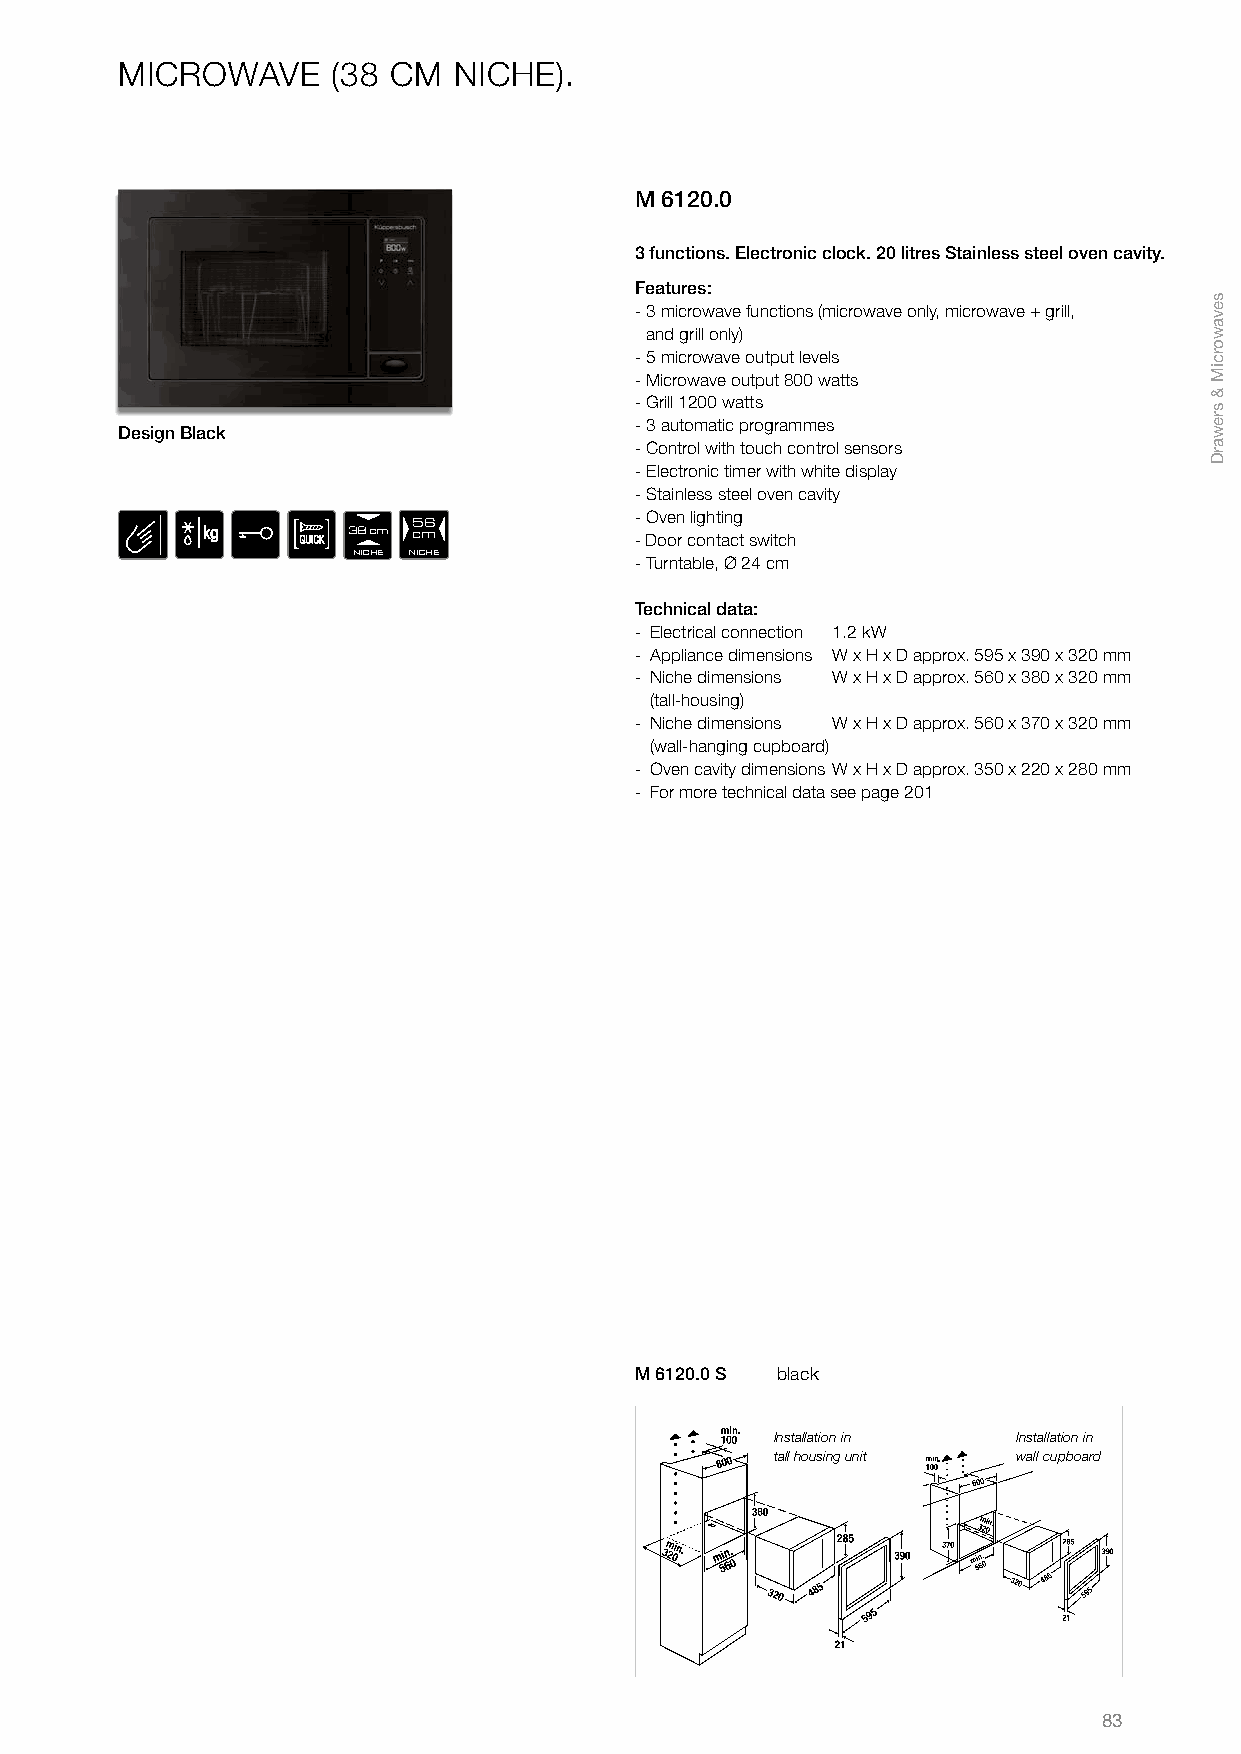
MICROWAVE     (38 CM  NICHE).
 M 6120.0
 3 functions. Electronic clock. 20 litres Stainless steel oven cavity.
 Features:
 - 3 microwave functions (microwave only, microwave + grill,
 and grill only)
 - 5 microwave output levels
 - Microwave output 800 watts
 - Grill 1200 watts
 - 3 automatic programmes
 Design Black
 - Control with touch control sensors
 - Electronic timer with white display
 - Stainless steel oven cavity
 - Oven lighting
 56
 38 cm cm           - Door contact switch
 NICHE NICHE        - Turntable, Ø 24 cm
 Technical data:
 - Electrical connection 1.2 kW
 - Appliance dimensions W x H x D approx. 595 x 390 x 320 mm
 - Niche dimensions W x H x D approx. 560 x 380 x 320 mm
 (tall-housing)
 - Niche dimensions W x H x D approx. 560 x 370 x 320 mm
 (wall-hanging cupboard)
 - Oven cavity dimensions W x H x D approx. 350 x 220 x 280 mm
 - For more technical data see page 201
 M 6120.0 S black
 Installation in Installation in
 tall housing unit wall cupboard
 83
 sevaworciM
 &
 srewarD